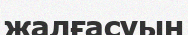
жалғасуын